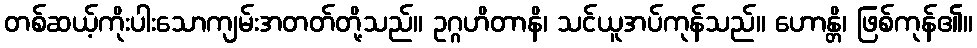
တစ်ဆယ့်ကိုးပါးသောကျမ်းအတတ်တို့သည်။ ဥဂ္ဂဟိတာနိ၊ သင်ယူအပ်ကုန်သည်။ ဟောန္တိ၊ ဖြစ်ကုန်၏။